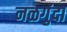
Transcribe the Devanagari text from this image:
नळगुंदा